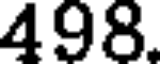
498.